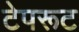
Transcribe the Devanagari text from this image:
टेपरूट